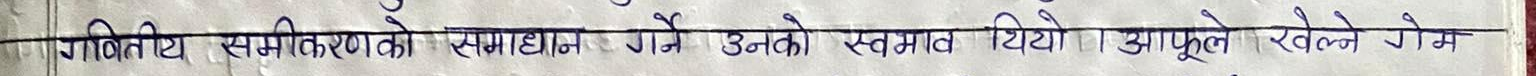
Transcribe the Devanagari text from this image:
गणितीय समीकरणको समाधान गर्ने उनको स्वभाव थियो । आफूले खेल्ने गेम